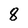
Character: 8